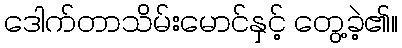
ဒေါက်တာသိမ်းမောင်နှင့် တွေ့ခဲ့၏။